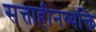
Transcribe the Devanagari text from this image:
सत्ताहीनव्यक्ति